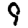
Digit: 9